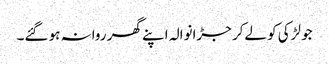
جو لڑکی کو لےکر جڑانوالہ اپنے گھر روانہ ہو گئے۔